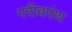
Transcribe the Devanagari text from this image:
गरीबपंथ